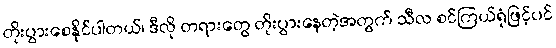
တိုးပွားစေနိုင်ပါတယ်၊ ဒီလို တရားတွေ တိုးပွားနေတဲ့အတွက် သီလ စင်ကြယ်ရုံဖြင့်ပင်